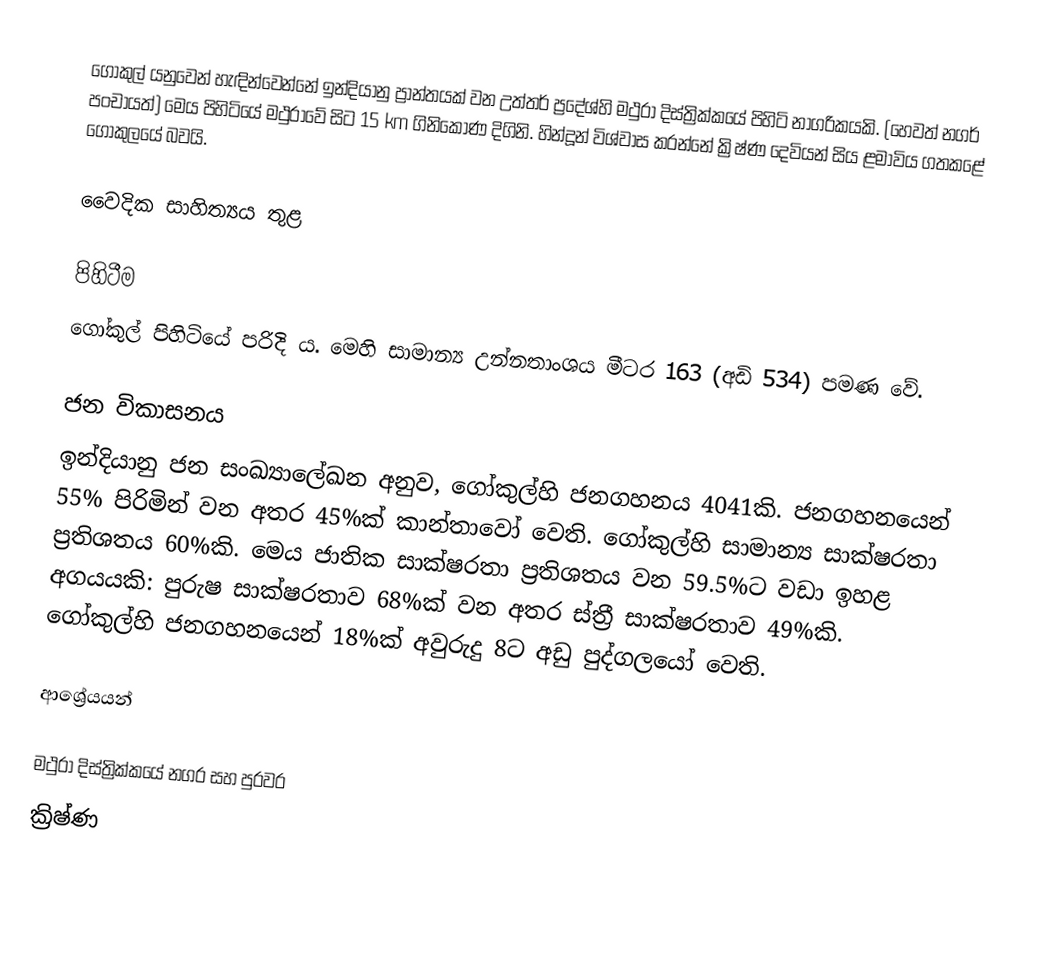
ගෝකුල් යනුවෙන් හැඳින්වෙන්නේ   ඉන්දියානු ප්‍රාන්තයක් වන උත්තර් ප්‍රදේශ්හි මථුරා දිස්ත්‍රික්කයේ පිහිටි නාගරිකයකි. (හෙවත් නගර් පංචායත්) මෙය පිහිටියේ මථුරාවේ සිට 15 km ගිනිකොණ දිගිනි. හින්දූන් විශ්වාස කරන්නේ ක්‍රිෂ්ණ දෙවියන් සිය ළමාවිය ගතකළේ ගෝකුලයේ බවයි.

වෛදික සාහිත්‍යය තුළ

පිහිටීම
ගෝකුල් පිහිටියේ  පරිදි ය. මෙහි සාමාන්‍ය උන්නතාංශය මීටර 163 (අඩි 534) පමණ වේ.

ජන විකාසනය
 ඉන්දියානු ජන සංඛ්‍යාලේඛන අනුව, ගෝකුල්හි ජනගහනය 4041කි. ජනගහනයෙන් 55% පිරිමින් වන අතර 45%ක් කාන්තාවෝ වෙති. ගෝකුල්හි සාමාන්‍ය සාක්ෂරතා ප්‍රතිශතය 60%කි. මෙය ජාතික සාක්ෂරතා ප්‍රතිශතය වන 59.5%ට වඩා ඉහළ අගයයකි: පුරුෂ සාක්ෂරතාව 68%ක් වන අතර ස්ත්‍රී සාක්ෂරතාව 49%කි. ගෝකුල්හි ජනගහනයෙන් 18%ක් අවුරුදු 8ට අඩු පුද්ගලයෝ වෙති.

ආශ්‍රේයයන්

මථුරා දිස්ත්‍රික්කයේ නගර සහ පුරවර
ක්‍රිෂ්ණ